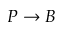
P \rightarrow B